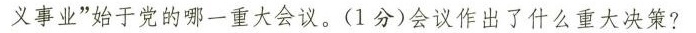
义事业”始于党的哪一重大会议。(1分)会议作出了什么重大决策?